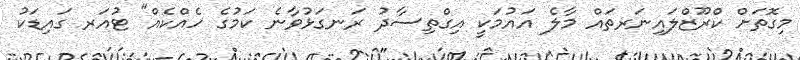
މިގޮތަށް ކްރޫޒްލައިނަރތައް މާލެ އައުމަކީ އިގްތިސާދު ރަނގަޅުވާނެ ކަމުގެ ހެއްކެއް" ޓުއަރ ގައިޑަކު